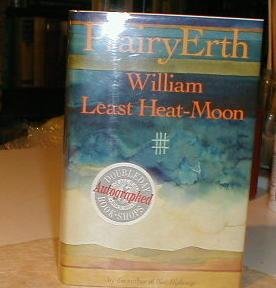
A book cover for PrairyErth; William Least Heat-Moon; Travel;